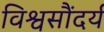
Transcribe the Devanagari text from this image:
विश्वसौंदर्य